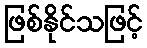
ဖြစ်နိုင်သဖြင့်